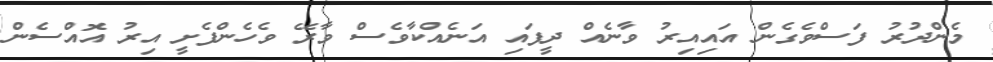
މެންދުރު ފަސްވެގެން އައިއިރު ވާނެއް ދީފައި އަނެއްކާވެސް ވާރޭ ވެހެންފެށީ އިރު އޮއްސެން